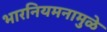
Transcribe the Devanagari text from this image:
भारनियमनामुळे